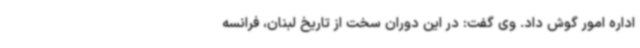
اداره امور گوش داد. وی گفت: در این دوران سخت از تاریخ لبنان، فرانسه